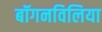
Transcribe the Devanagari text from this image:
बॉगनविलिया